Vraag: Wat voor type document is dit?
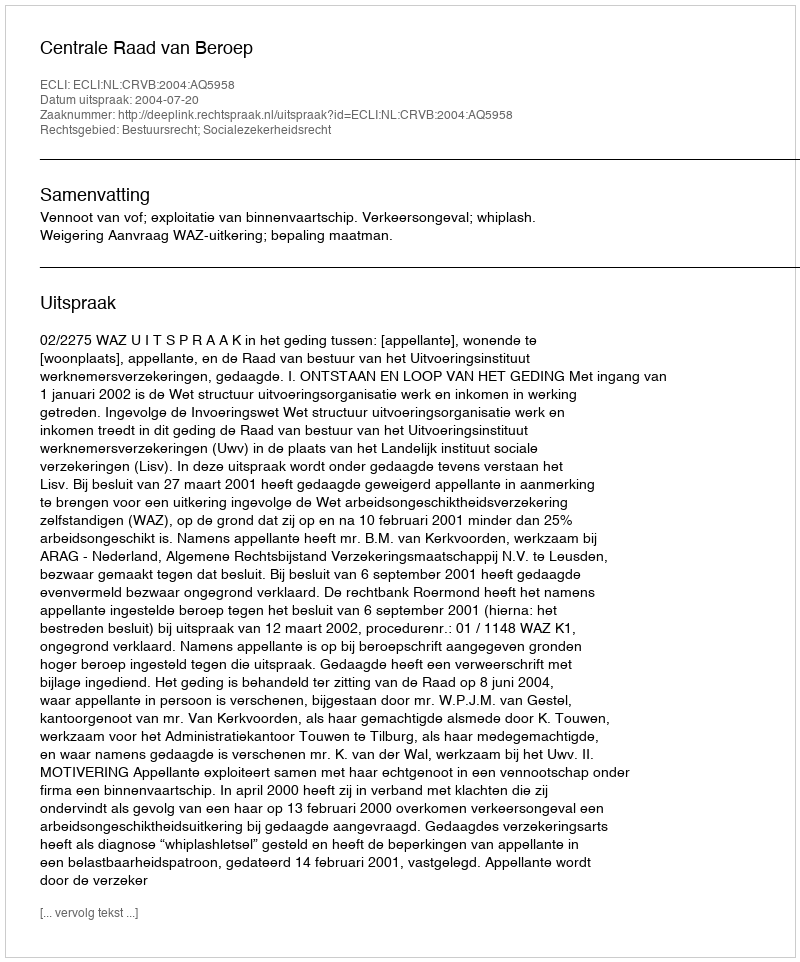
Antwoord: Uitspraak